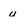
Character: u